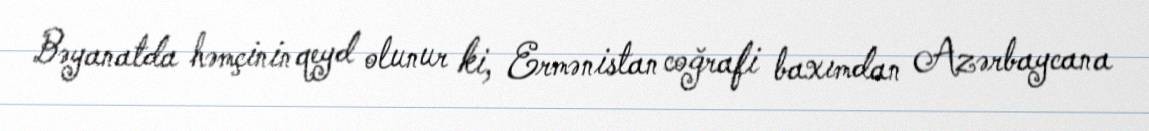
Bəyanatda həmçinin qeyd olunur ki, Ermənistan coğrafi baxımdan Azərbaycana